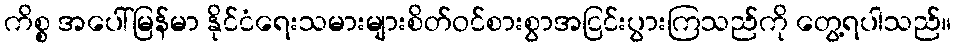
ကိစ္စ အပေါ်မြန်မာ နိုင်ငံရေးသမားများစိတ်ဝင်စားစွာအငြင်းပွားကြသည်ကို တွေ့ရပါသည်။